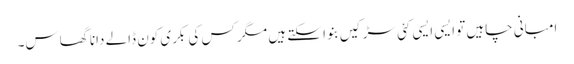
امبانی چاہیں تو ایسی ایسی کئی سڑکیں بنوا سکتے ہیں مگر کس کی بکری کون ڈالے دانا گھاس۔